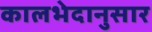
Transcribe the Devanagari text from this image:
कालभेदानुसार